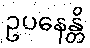
ဥပနေန္တိ